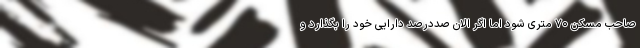
صاحب مسکن ۷۰ متری شود اما اگر الان صددرصد دارایی خود را بگذارد و